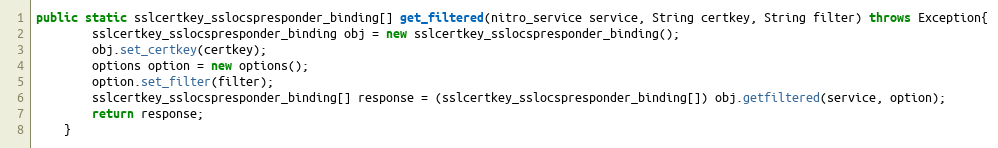
Language: Java
public static sslcertkey_sslocspresponder_binding[] get_filtered(nitro_service service, String certkey, String filter) throws Exception{
		sslcertkey_sslocspresponder_binding obj = new sslcertkey_sslocspresponder_binding();
		obj.set_certkey(certkey);
		options option = new options();
		option.set_filter(filter);
		sslcertkey_sslocspresponder_binding[] response = (sslcertkey_sslocspresponder_binding[]) obj.getfiltered(service, option);
		return response;
	}